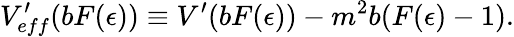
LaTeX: V_{eff}^{\prime}(bF(\epsilon))\equiv V^{\prime}(bF(\epsilon))-m^{2}b(F(\epsilon)-1).